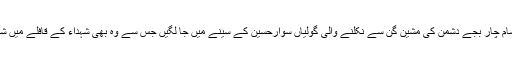
دس دسمبرشام چار بجے دشمن کی مشین گن سے نکلنے والی گولیاں سوارحسین کے سینے میں جا لگیں جس سے وہ بھی شہداء کے قافلے میں شامل ہوگئے۔